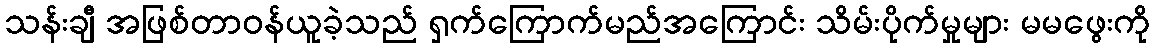
သန်းချီ အဖြစ်တာဝန်ယူခဲ့သည် ရှက်ကြောက်မည်အကြောင်း သိမ်းပိုက်မှုများ မမဖွေးကို